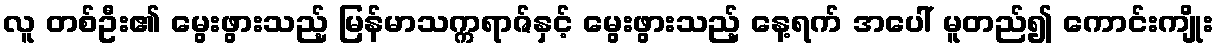
လူ တစ်ဦး၏ မွေးဖွားသည့် မြန်မာသက္ကရာဇ်နှင့် မွေးဖွားသည့် နေ့ရက် အပေါ် မူတည်၍ ကောင်းကျိုး